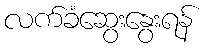
လက်ခံဆွေးနွေးရန်